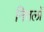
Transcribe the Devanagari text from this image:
नितलों